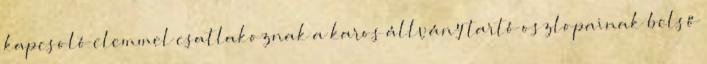
kapcsoló elemmel csatlakoznak a karos állvány tartó oszlopainak belső